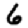
Digit: 6